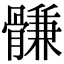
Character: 䯡